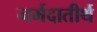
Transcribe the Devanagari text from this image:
नर्मदातीर्थ